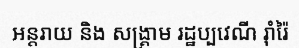
អន្តរាយ និង សង្គ្រាម រដ្ឋប្បវេណី រ៉ាំរ៉ៃ